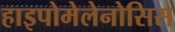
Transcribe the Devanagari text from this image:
हाइपोमेलेनोसिस